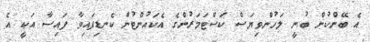
އެ ބޭންކުން ބުނީ ލަހުންވިޔަސް ކަސްޓަމަރުންގެ އެކައުންޓުން ކެނޑިފައިވާ ފައިސާ އަކީ އެ